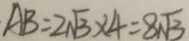
A B = 2 \sqrt { 3 } \times 4 = 8 \sqrt { 3 }